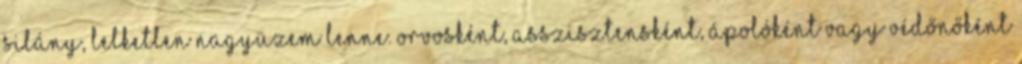
silány, lelketlen nagyüzem lenne. Orvosként, asszisztensként, ápolóként vagy védőnőként